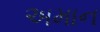
અમાન